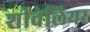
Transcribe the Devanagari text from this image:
शीवेलियर